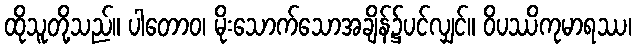
ထိုသူတို့သည်။ ပါတောဝ၊ မိုးသောက်သောအချိန်၌ပင်လျှင်။ ဝိပဿိကုမာရဿ၊